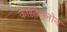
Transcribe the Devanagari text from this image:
कास्तेल्लोन